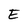
Character: E